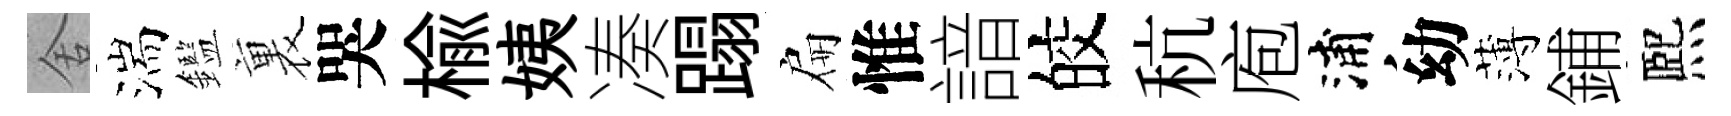
舍湍鑑裏哭楡姨凑蹋扁惟諳皎秔庖浦幼薄鋪熈